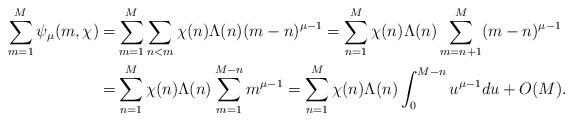
LaTeX: \begin{align*}\sum_{m=1}^M\psi_\mu(m,\chi)=&\sum_{m=1}^M\sum_{n<m}\chi(n)\Lambda(n)(m-n)^{\mu-1}=\sum_{n=1}^M\chi(n)\Lambda(n)\sum_{m=n+1}^M(m-n)^{\mu-1}\\=&\sum_{n=1}^M\chi(n)\Lambda(n)\sum_{m=1}^{M-n}m^{\mu-1}=\sum_{n=1}^M\chi(n)\Lambda(n)\int_0^{M-n}u^{\mu-1}du+O(M).\end{align*}